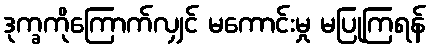
ဒုက္ခကိုကြောက်လျှင် မကောင်းမှု မပြုကြရန်